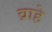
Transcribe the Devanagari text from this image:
व्राहे